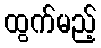
ထွက်မည့်